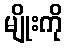
မျိုးကို